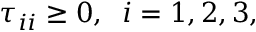
\tau _ { i i } \geq 0 , \; \; i = 1 , 2 , 3 ,